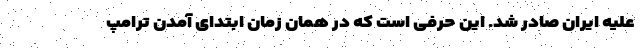
علیه ایران صادر شد. این حرفی است که در همان زمان ابتدای آمدن ترامپ